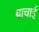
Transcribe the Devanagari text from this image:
बाचाई